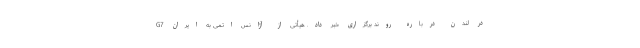
G7 در لندن درباره روند برگزاری خبر داد. هیأتی از آژانس اتمی به ایران